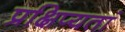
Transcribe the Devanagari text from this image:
प्रक्षिप्यतां